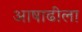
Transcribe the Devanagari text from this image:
आषाढीला